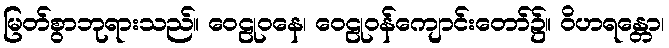
မြတ်စွာဘုရားသည်။ ဝေဠုဝနေ၊ ဝေဠုဝန်ကျောင်းတော်၌။ ဝိဟရန္တော၊